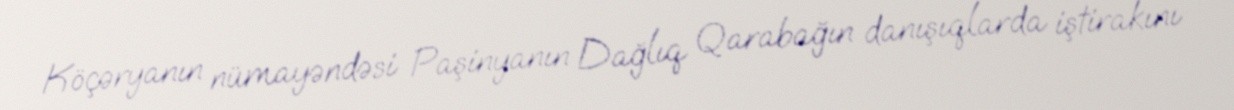
Köçəryanın nümayəndəsi Paşinyanın Dağlıq Qarabağın danışıqlarda iştirakını